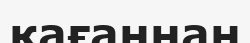
қағаннан